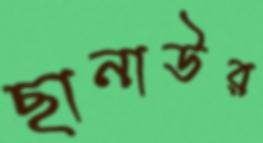
ছানাউর